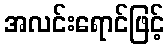
အလင်းရောင်ဖြင့်